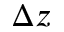
\Delta z